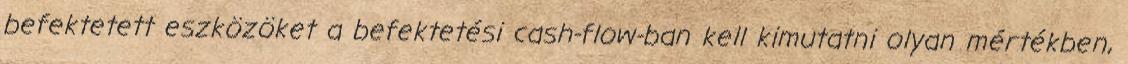
befektetett eszközöket a befektetési cash-flow-ban kell kimutatni olyan mértékben,